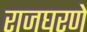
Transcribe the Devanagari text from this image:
राजघरणे